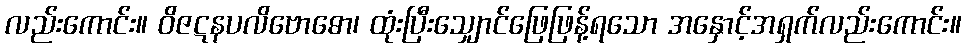
လည်းကောင်း။ ဝိဇဋနပလိဗောဓော၊ ထုံးပြီးသျှောင်ဖြေဖြန့်ရသော အနှောင့်အရှက်လည်းကောင်း။